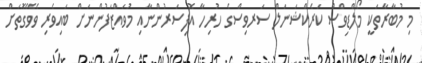
މި މުބާރާތަކީ މޯލްޑިވްސް ކަރެކްޝަނަލް ސަރވިސްގެ ހުރިހާ އޮފިސަރުންނާއި މުވައްޒަފުންނަށް ބައިވެރި ވެވޭގޮތަށް